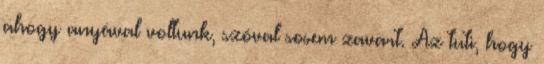
ahogy anyával voltunk, szóval sosem zavart. Az tuti, hogy